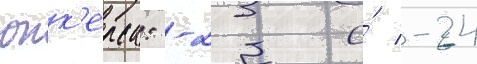
юнк'ерса: -23 и́ -24